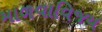
માળવાવિજય